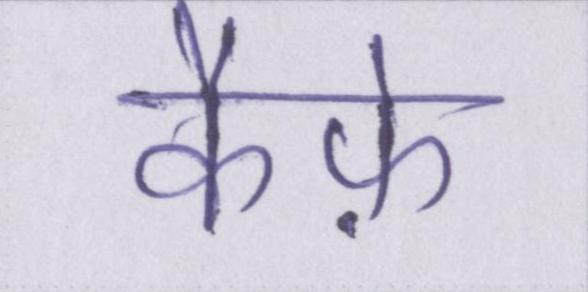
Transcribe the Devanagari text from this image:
कैफ़े